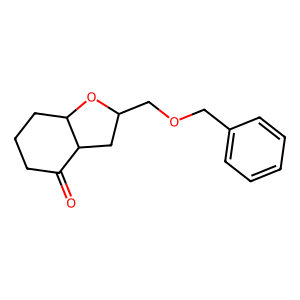
SMILES: O=C1CCCC2OC(COCc3ccccc3)CC12
Inhibits HIV replication: No